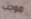
موجب